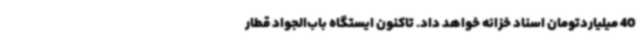
40 میلیاردتومان اسناد خزانه خواهد داد. تاکنون ایستگاه باب‌الجواد قطار